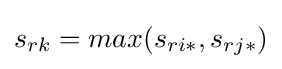
s_{rk}=max(s_{ri*},s_{rj*})